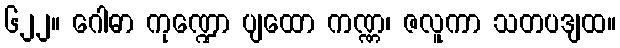
၆၂၂။ ဂေါဓာ ကုဏ္ဍော ပျထော ကဏ္ဏ၊ ဇလူကာ သတပဒျထ။